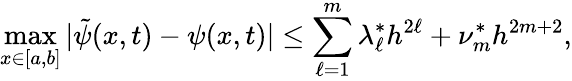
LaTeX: \operatorname*{max}_{x\in[a,b]}|\tilde{\psi}(x,t)-\psi(x,t)|\leq\sum_{\ell=1}^{m}\lambda_{\ell}^{*}h^{2\ell}+\nu_{m}^{*}h^{2m+2},